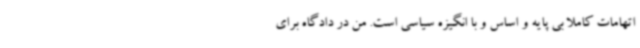
اتهامات کاملا بی پایه و اساس و با انگیزه سیاسی است. من در دادگاه برای